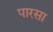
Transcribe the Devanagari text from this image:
पारसा